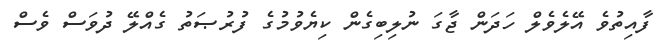
ފާއިތުވެ އޭލެވެލް ހަދަން ޖާގަ ނުލިބިގެން ކިޔެވުމުގެ ފުރުޞަތު ގެއްލޭ ދުވަސް ވެސް